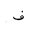
Letter: _fa